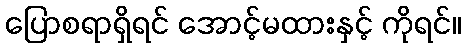
ပြောစရာရှိရင် အောင့်မထားနှင့် ကိုရင်။